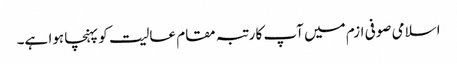
اسلامی صوفی ازم میں آپ کا رتبہ مقام عالیت کو پہنچا ہوا ہے۔